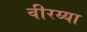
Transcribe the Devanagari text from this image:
वीरय्या